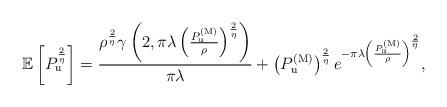
LaTeX: \begin{align*}\mathbb{E}\left[P_{\rm{u}}^\frac{2}{\eta} \right]= \frac{\rho^{\frac{2}{\eta}} \gamma\left(2,\pi \lambda\left(\frac{P^{({\rm{M}})}_{\rm{u}}}{\rho}\right)^{\frac{2}{\eta}}\right) }{\pi \lambda} + \left(P^{({\rm{M}})}_{\rm{u}}\right)^{\frac{2}{\eta}} e^{-\pi \lambda\left(\frac{P^{({\rm{M}})}_{\rm{u}}}{\rho}\right)^{\frac{2}{\eta}} },\end{align*}